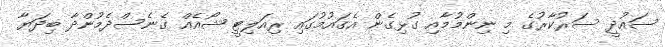
ސައުދީ ސަރުކާރުގެ މި ނިންމުމާއި ގުޅިގެން އެގައުމުގައި ރިއަލިޓީ ޝޯއެއް ގެނެސްދެމުންދާ ބިދަޔާ